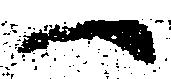
一